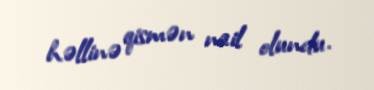
həllinə qismən nail olundu.